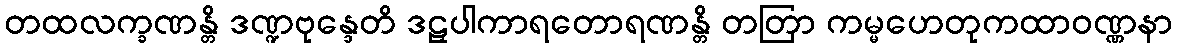
တထလက္ခဏန္တိ ဒဏ္ဍဗုန္ဒေတိ ဒဠှပါကာရတောရဏန္တိ တတြာ ကမ္မဟေတုကထာဝဏ္ဏနာ